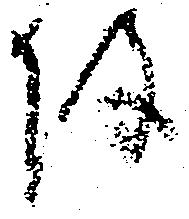
陣